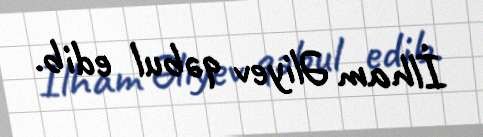
İlham Əliyev qəbul edib.